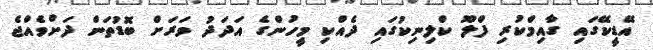
އޭޑީކޭގައި ގާއިމްކުރި ފްލޫ ކްލިނިކުގައި ދެއްކި މީހުންގެ އަދަދު ވަރަށް ބޮޑުތަން ދަށްވެއްޖެ